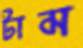
টাম